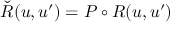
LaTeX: { \check { R } } ( u , u ^ { \prime } ) = P \circ R ( u , u ^ { \prime } )